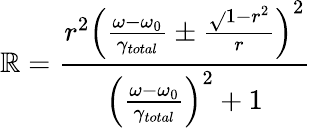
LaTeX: \mathbb{R}=\frac{{r^{2}\left(\frac{{\omega-\omega_{0}}}{{\gamma_{total}}}\pm\frac{{\sqrt{}{{1-r^{2}}}}}{{r}}\right)^{2}}}{{\left(\frac{{\omega-\omega_{0}}}{{\gamma_{total}}}\right)^{2}+1}}